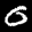
Label: 0